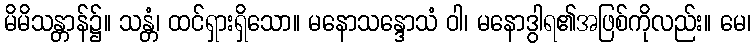
မိမိသန္တာန်၌။ သန္တံ၊ ထင်ရှားရှိသော။ မနောသန္ဒောသံ ဝါ၊ မနောဒွါရ၏အဖြစ်ကိုလည်း။ မေ၊